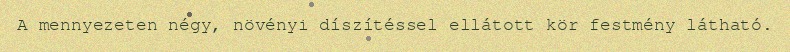
A mennyezeten négy, növényi díszítéssel ellátott kör festmény látható.